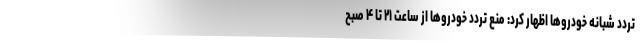
تردد شبانه خودروها اظهار کرد: منع تردد خودروها از ساعت ۲۱ تا ۴ صبح